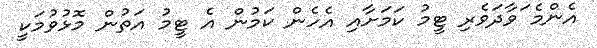
އެންމެ ަވާދަވެރި ޓީމު ކަމަށާއި އެހެން ކަމުން އެ ޓީމު އަތުން މޮޅުވުމަކީ